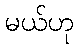
မယ်ဟု